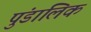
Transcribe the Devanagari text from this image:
पुंडालिक